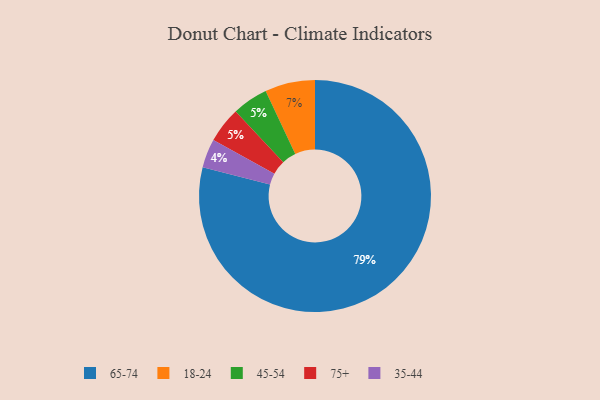
{"axis": {"x": "Category", "y": "Percentage"}, "legend": ["18-24", "35-44", "45-54", "65-74", "75+"], "data": [{"x": "35-44", "y": 4, "type": "35-44"}, {"x": "18-24", "y": 7, "type": "18-24"}, {"x": "65-74", "y": 79, "type": "65-74"}, {"x": "45-54", "y": 5, "type": "45-54"}, {"x": "75+", "y": 5, "type": "75+"}]}